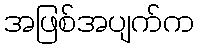
အဖြစ်အပျက်က